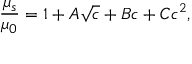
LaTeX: { \frac { \mu _ { s } } { \mu _ { 0 } } } = 1 + A { \sqrt { c } } + B c + C c ^ { 2 } ,